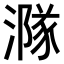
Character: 𣾶